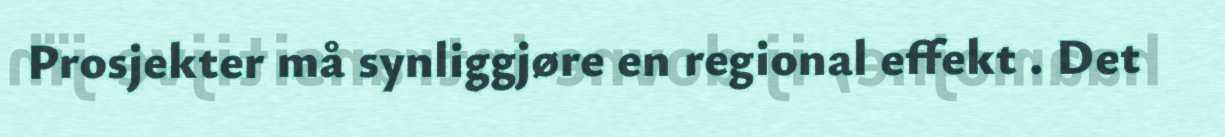
Prosjekter må synliggjøre en regional effekt . Det